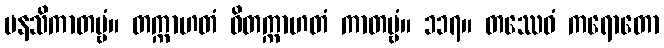
မနသိကာတဗ္ဗံ။ တက္ကာဟတံ ဝိတက္ကာဟတံ ကာတဗ္ဗံ။ ၁၁၇။ တဿေဝံ ကရောတော